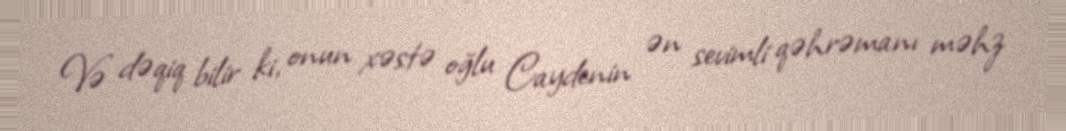
Və dəqiq bilir ki, onun xəstə oğlu Caydenin ən sevimli qəhrəmanı məhz